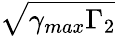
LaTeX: \sqrt{\gamma_{max}\Gamma_{2}}